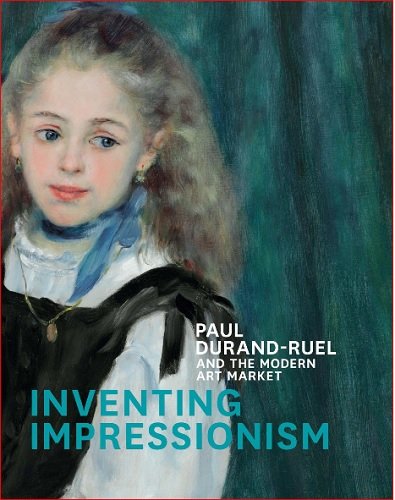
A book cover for Inventing Impressionism: Paul Durand-Ruel and the Modern Art Market; Arts & Photography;